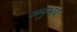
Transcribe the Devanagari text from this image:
अनुभय